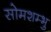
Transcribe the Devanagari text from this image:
सोमशम्भु